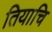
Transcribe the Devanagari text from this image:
तियाचि